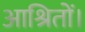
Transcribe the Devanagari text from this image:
आश्रितों।